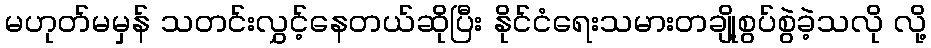
မဟုတ်မမှန် သတင်းလွှင့်နေတယ်ဆိုပြီး နိုင်ငံရေးသမားတချို့စွပ်စွဲခဲ့သလို လို့